65_HS1-834228961_62-HQ-83894_Section_4
Agency: FBI
Page 30
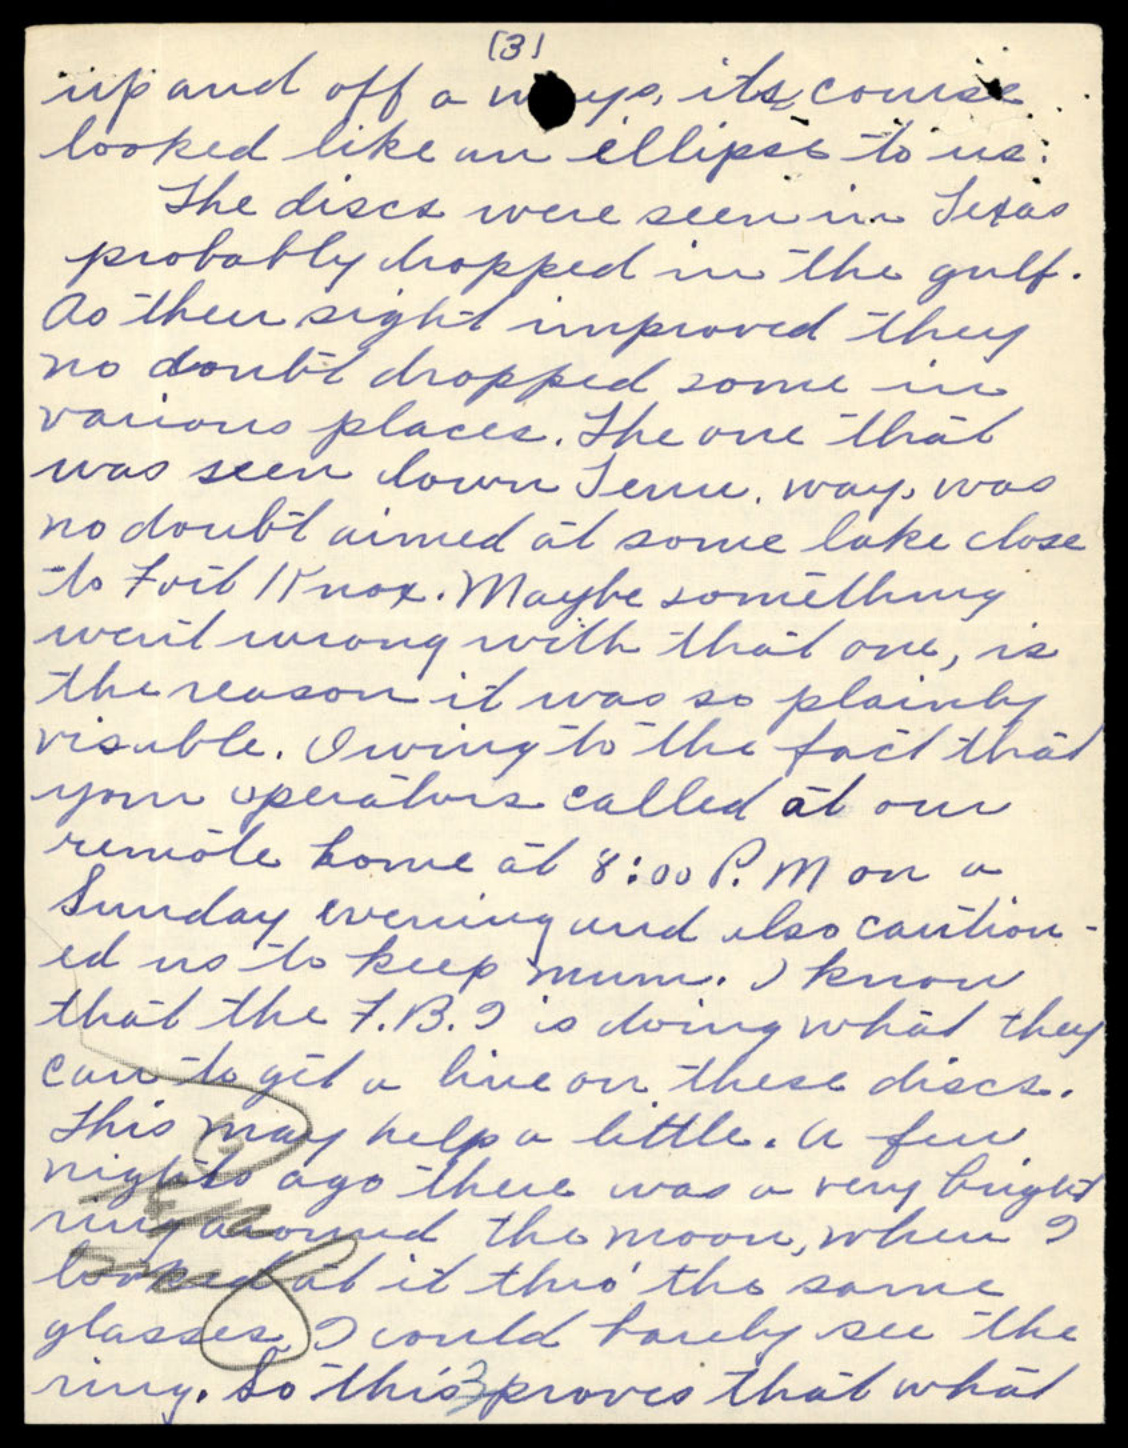